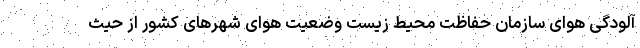
آلودگی هوای سازمان حفاظت محیط‌ زیست وضعیت هوای شهرهای کشور از حیث